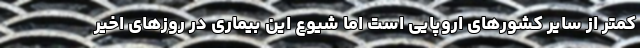
کمتر از سایر کشورهای اروپایی است اما شیوع این بیماری در روزهای اخیر